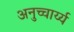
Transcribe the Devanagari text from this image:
अनुच्चार्य्य